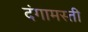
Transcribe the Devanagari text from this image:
दंगामस्ती